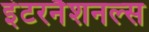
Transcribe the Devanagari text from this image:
इंटरनैशनल्स